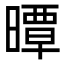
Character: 曋